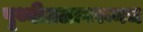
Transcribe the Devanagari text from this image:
पृथ्वीतलावरूनच